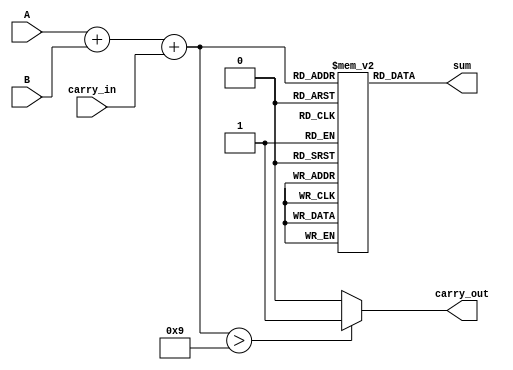
module BCD_LUT_Adder (
    input wire [3:0] A,        // BCD digit A
    input wire [3:0] B,        // BCD digit B
    input wire carry_in,       // Carry input
    output reg [3:0] sum,      // BCD sum result
    output reg carry_out       // Carry output
);

// Declare a 5-bit wire to hold the intermediate binary sum
wire [4:0] binary_sum;
assign binary_sum = A + B + carry_in;

// BCD Look-Up Table for correction. 
// This version maps sums from 0 to 18 to their corresponding BCD outputs.
reg [3:0] LUT [0:18];
initial begin
    // Initializing the Look-Up Table
    // Valid BCD: 0-9; Adjusted BCD (adding 6): 10-18
    LUT[0]  = 4'b0000; // 0
    LUT[1]  = 4'b0001; // 1
    LUT[2]  = 4'b0010; // 2
    LUT[3]  = 4'b0011; // 3
    LUT[4]  = 4'b0100; // 4
    LUT[5]  = 4'b0101; // 5
    LUT[6]  = 4'b0110; // 6
    LUT[7]  = 4'b0111; // 7
    LUT[8]  = 4'b1000; // 8
    LUT[9]  = 4'b1001; // 9
    LUT[10] = 4'b0000; // 10 (10-6)
    LUT[11] = 4'b0001; // 11 (11-6)
    LUT[12] = 4'b0010; // 12 (12-6)
    LUT[13] = 4'b0011; // 13 (13-6)
    LUT[14] = 4'b0100; // 14 (14-6)
    LUT[15] = 4'b0101; // 15 (15-6)
    LUT[16] = 4'b0110; // 16 (16-6)
    LUT[17] = 4'b0111; // 17 (17-6)
    LUT[18] = 4'b1000; // 18 (18-6)
end

always @(*) begin
    if (binary_sum > 9) begin
        carry_out = 1'b1;  // Set carry_out if the sum exceeds 9
        sum = LUT[binary_sum];  // Get corrected sum from the LUT
    end else begin
        carry_out = 1'b0;  // No carry out
        sum = LUT[binary_sum];  // Get sum (valid BCD)
    end
end

endmodule